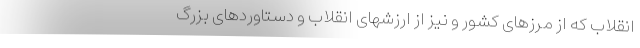
انقلاب كه از مرزهاى كشور و نيز از ارزشهاى انقلاب و دستاوردهاى بزرگ